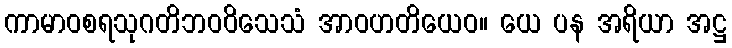
ကာမာဝစရသုဂတိဘဝဝိသေသံ အာဝဟတိယေဝ။ ယေ ပန အရိယာ အဋ္ဌ